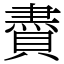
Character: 賮